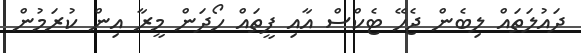
ދައުލަތައް ލިބެން ޖެހޭ ޓެކްސް އާއި ފީތައް ހޯދަން މީރާ އިން ކުރަމުން